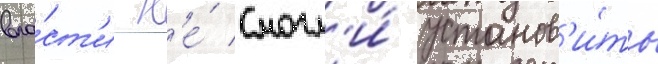
вла́ст'и н'е́ смогл'и́ установ'и́ть